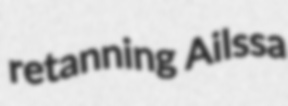
retanning Ailssa